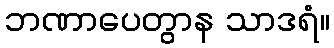
ဘဏာပေတွာန သာဒရံ။